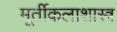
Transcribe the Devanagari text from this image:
मूर्तीकलाशास्त्र